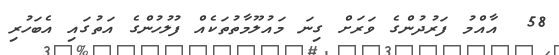
58  އާއްމު ފަރުދުންގެ ވަރަށް ގިނަ މައުލޫމާތުތަކެއް ފުލުހުންގެ އަތުގައި އެބަހުރި